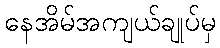
နေအိမ်အကျယ်ချုပ်မှ